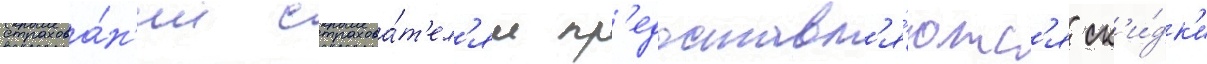
страхова́н'ии страхова́т'ел'ям пр'едоставл'я́ютс'я ск'и́дк'и